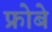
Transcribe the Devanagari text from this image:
फ्रोबे